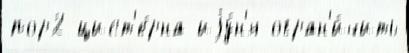
пор2 цист'е́рна иjу́н'я огран'и́чить